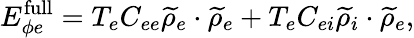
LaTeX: E_{\phi e}^{\mathrm{full}}=T_{e}C_{ee}{\widetilde\rho}_{e}\cdot{\widetilde\rho}_{e}+T_{e}C_{ei}{\widetilde\rho}_{i}\cdot{\widetilde\rho}_{e},